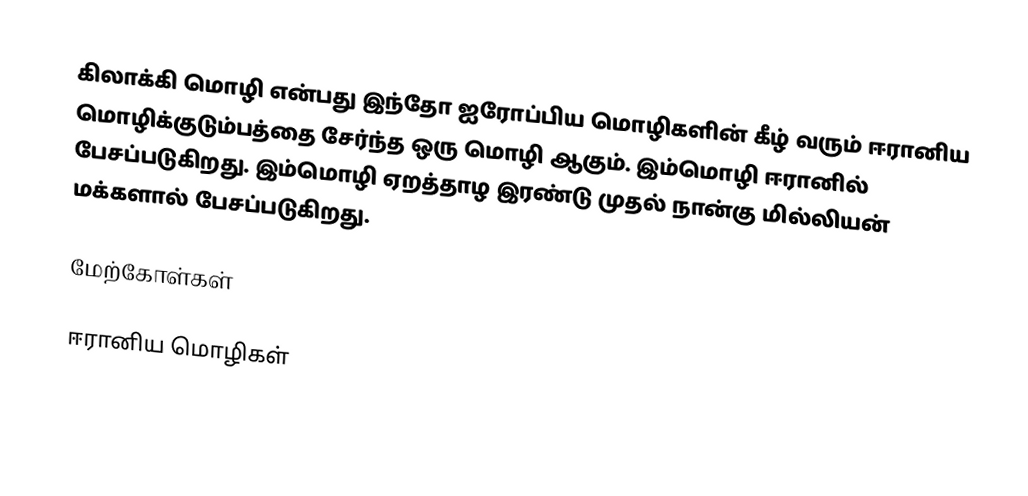
கிலாக்கி மொழி என்பது இந்தோ ஐரோப்பிய மொழிகளின் கீழ் வரும் ஈரானிய மொழிக்குடும்பத்தை சேர்ந்த ஒரு மொழி ஆகும். இம்மொழி ஈரானில் பேசப்படுகிறது. இம்மொழி ஏறத்தாழ இரண்டு முதல் நான்கு மில்லியன் மக்களால் பேசப்படுகிறது.

மேற்கோள்கள்

ஈரானிய மொழிகள்